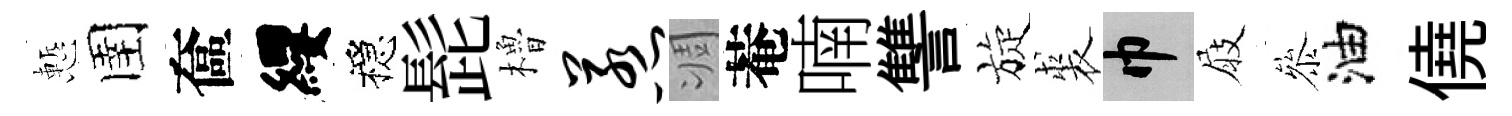
慙圉奩纓穩髭櫓惹凋菴喃讐旋裘巾屐叅油僥